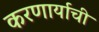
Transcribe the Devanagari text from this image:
करणार्याची